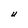
Character: U